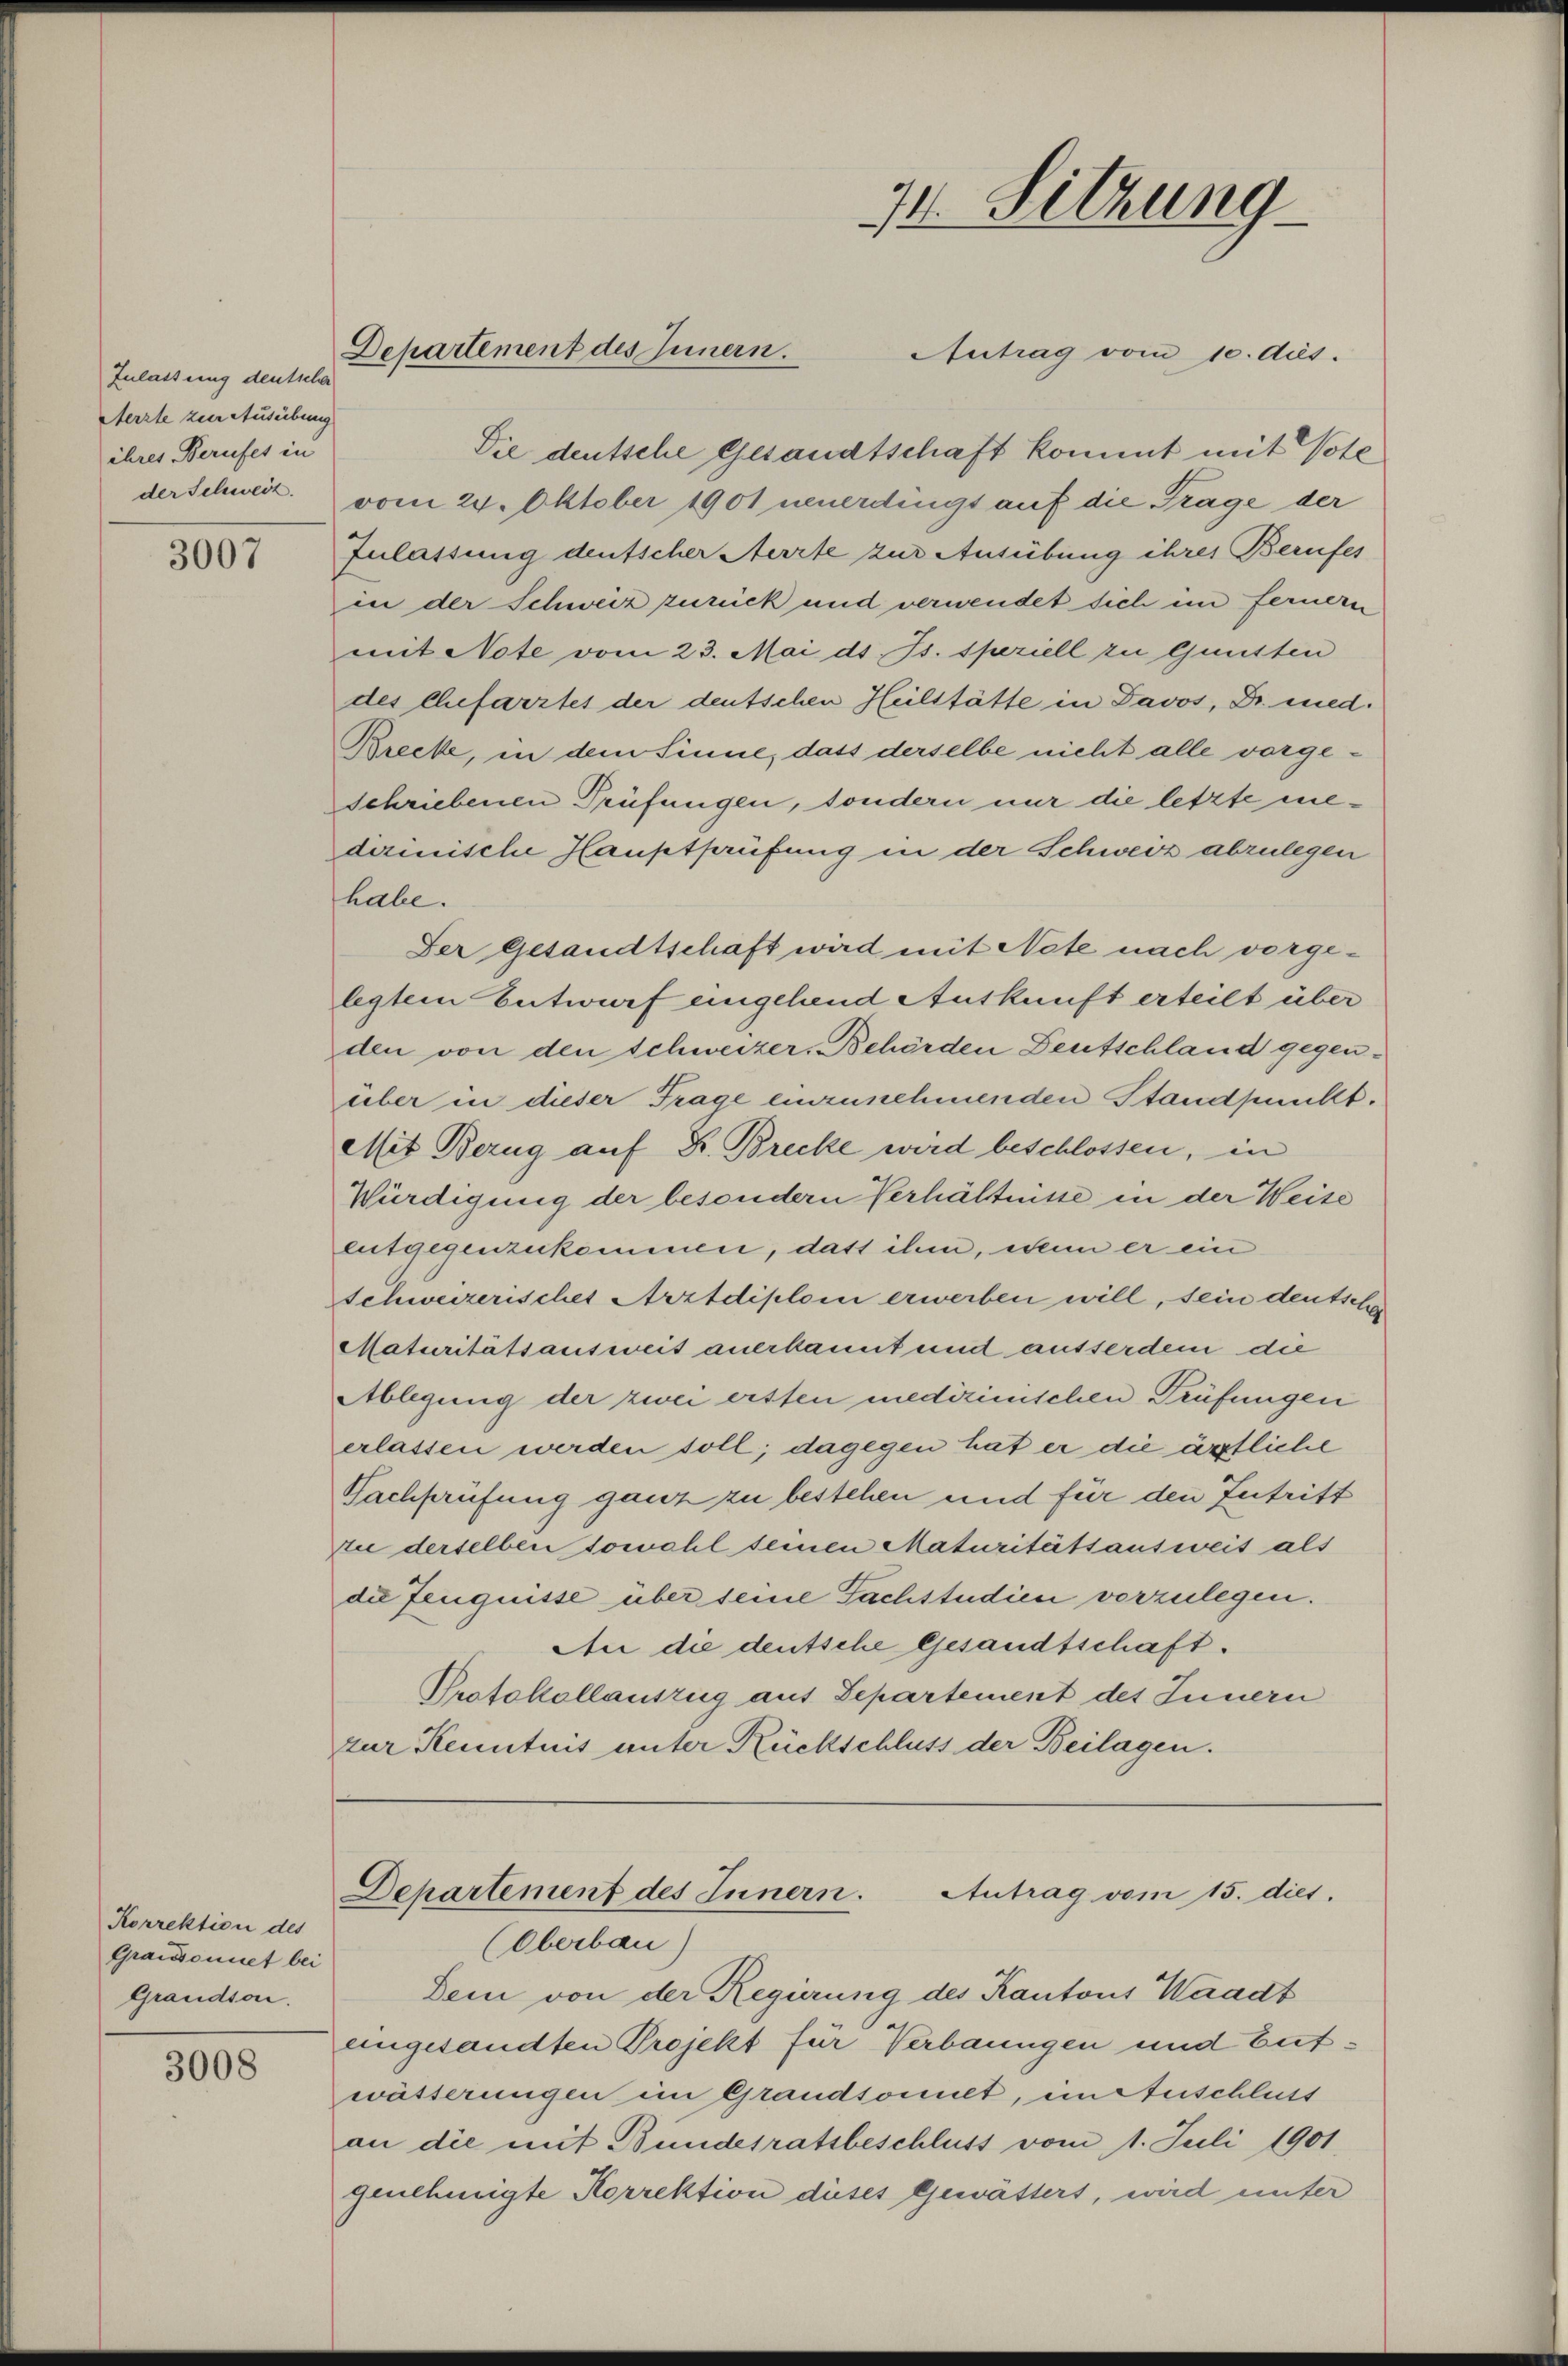
Zulassung deutscher
Aerzte zur Ausübung
ihres Berufes in

3007

Korrektion des
Graisonnet bei
Grandson.

3008

Die deutsche Gesandtschaft kommt mit Vote
der Schweiz. vom 24. Oktober 1901 neuerdingt auf die Trage der
Zulassung deutscher Aerzte zur Ausübung ihres Berufes
in der Schweiz zurück und verwendet sich im fernern
mit Note vom 23. Mai d. Js. speriell zu Gunsten
des Ehefarztes der deutschen Heilstätte in Davos, Dr. med.
Brecke, in dem Sinne, dass derselbe nicht alle vorgeschriebenen Prüfungen, sondern nur die letzte medirinische Haustprüfung in der Schweiz abzulegen
habe.
Der Gesandtschaft wird mit Note nach vorgelegtem Entwurf eingehend Auskunft erteilt über
den von den Schweizer-Behörden Deutschland gegenüber in dieser Frage einzunehmenden Standpunkt.
Mit Bezug auf Fr. Brecke wird beschlossen, in
Würdigung der besondern Verhältnisse in der Weise
entgegenzukommen, daß ihm, wenn er ein
schweizerisches Arztdiplom erwerben will, sein deutsche
Maturitätsausweis anerkannt und ausserdem die
Ablegung der zwei ersten medizinischen Prüfungen
erlassen werden soll; dagegen hat er die ärztliche
Nachprüfung ganz zu bestehen und für den Zutritt
In derselben sowohl seinen Maturitätsausweis als
die Zeugnisse über seine Fachstudien vorzulegen.
An die deutsche Gesandtschaft.
Protokollauszug aus Departement des Innern
zur Kenntnis unter Rückschluss der Beilagen.

Departement des Innern.

74. Sitzung

Antrag vom 10. Aus

Departement des Innern. Antrag vom 15. dies.
Oberbau)

Dem von der Regierung des Kantons Waadt
eingesandten Projekt für Verbaungen und butwässerungen im Grandsonnet, im Anschluss
an die mit Bundesratsbeschluss vom 1. Juli 1901
genehmigte Korrektion dieses Gewässers, wird unter